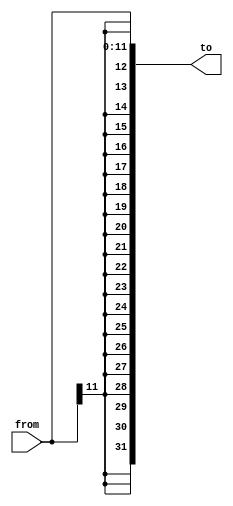
module SignExtend12To32(
    from,
    to
);
    input wire [11:0] from;
    output wire [31:0] to;

    assign to = {
        from[11],
        from[11],
        from[11],
        from[11],
        from[11],
        from[11],
        from[11],
        from[11],
        from[11],
        from[11],
        from[11],
        from[11],
        from[11],
        from[11],
        from[11],
        from[11],
        from[11],
        from[11],
        from[11],
        from[11],
        from
    };
endmodule